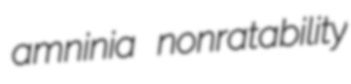
amninia nonratability